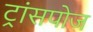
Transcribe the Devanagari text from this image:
ट्रांसपोज